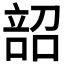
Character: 𫫌